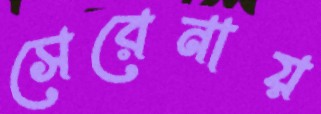
সেরেনায়